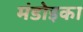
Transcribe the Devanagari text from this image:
मंडोइका